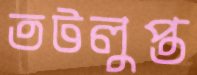
তটলুপ্ত